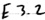
Text: E3.2